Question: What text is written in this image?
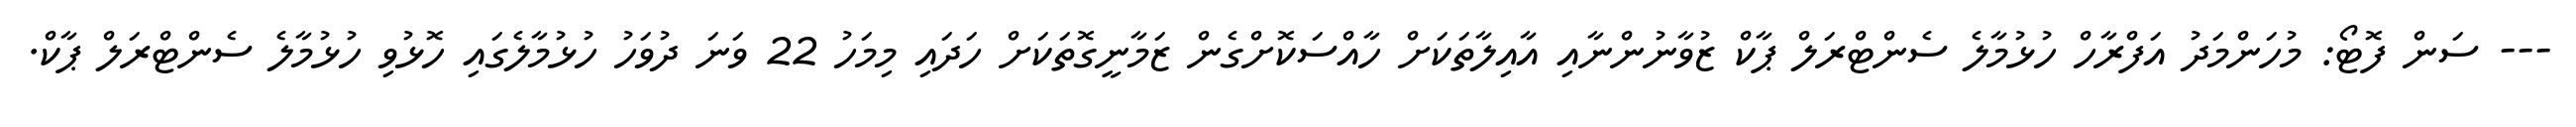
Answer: --- ސަން ފޮޓޯ: މުހަންމަދު އަފްރާހް ހުޅުމާލެ ސެންޓްރަލް ޕާކް ޒުވާނުންނާއި އާއިލާތަކަށް ހާއްސަކޮށްގެން ޒަމާނީގޮތަކަށް ހަދައި މިމަހު 22 ވަނަ ދުވަހު ހުޅުމާލެގައި ހޮޅުވި ހުޅުމާލެ ސެންޓްރަލް ޕާކް.